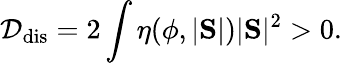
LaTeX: \mathcal D_{\mathrm{dis}}=2\int\eta(\phi,|\mathrm{\mathbf S}|)|\mathrm{\mathbf S}|^{2}>0.